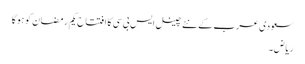
سعودی عرب کے نئے چینل ایس بی سی کا افتتاح یکم رمضان کو ہوگا
ریاض۔